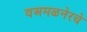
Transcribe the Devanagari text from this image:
वअमळनेरचे